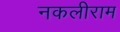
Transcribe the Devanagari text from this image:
नकलीराम